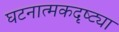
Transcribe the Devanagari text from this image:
घटनात्मकदृष्ट्या